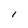
Character: I